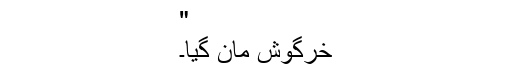
"
خرگوش مان گیا۔